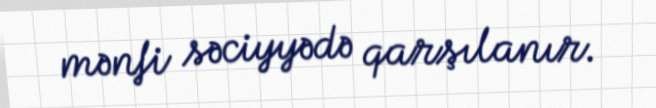
mənfi səciyyədə qarşılanır.